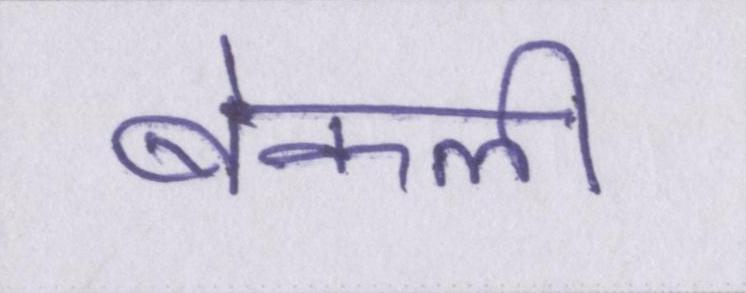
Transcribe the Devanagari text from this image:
बेकली